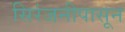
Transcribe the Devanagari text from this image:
सिरंजनीपासून